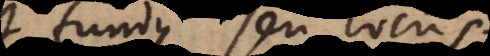
est fundus seu locus;ita